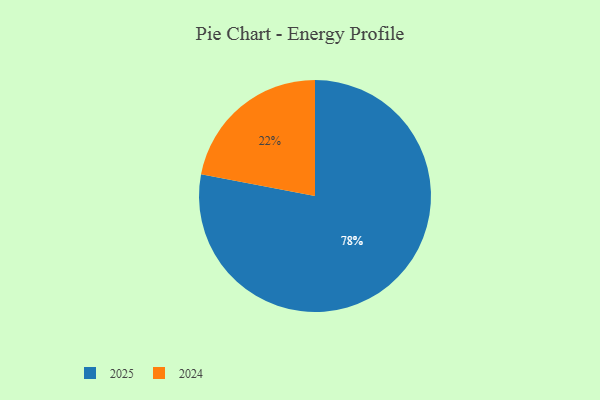
{"axis": {"x": "Category", "y": "Percentage"}, "legend": ["2024", "2025"], "data": [{"x": "2024", "y": 22, "type": "2024"}, {"x": "2025", "y": 78, "type": "2025"}]}